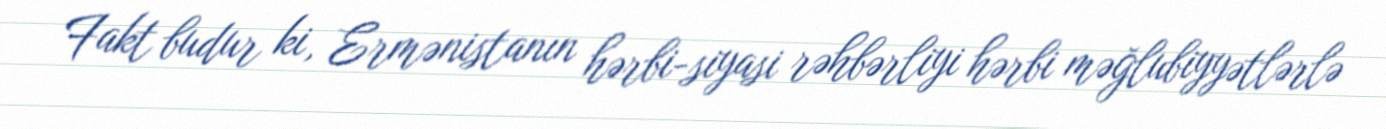
Fakt budur ki, Ermənistanın hərbi-siyasi rəhbərliyi hərbi məğlubiyyətlərlə